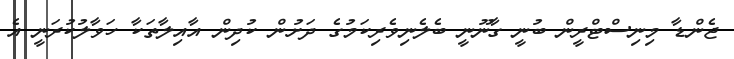
ޖެންޑާ މިނިސްޓްރީން ބުނީ ގާނޫނީ ބެލެނިވެރިކަމުގެ ދަށުން ކުދިން އާއިލާތަކާ ހަވާލުކުރަނީ އެ